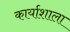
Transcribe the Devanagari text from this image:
कार्याशाला